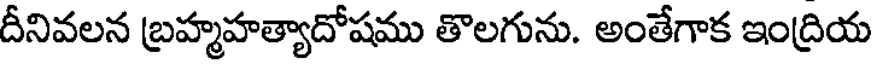
దీనివలన బ్రహ్మహత్యాదోషము తొలగును. అంతేగాక ఇంద్రియ